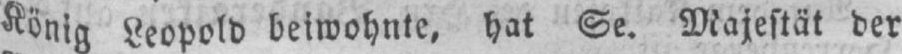
König Leopold beiwohnte, hat Se. Majestät der